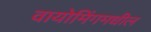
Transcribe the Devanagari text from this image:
वायोमिंगमधील